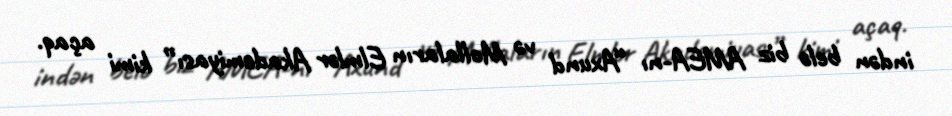
indən belə biz AMEA-nı “Axund və Mollaların Elmlər Akademiyası” kimi açaq.